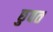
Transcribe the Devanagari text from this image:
छुवत